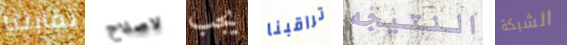
تقابلنا لاصلاح يجب تراقبنا النتيجه الشبكة